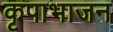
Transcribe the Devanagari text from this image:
कृपाभाजन